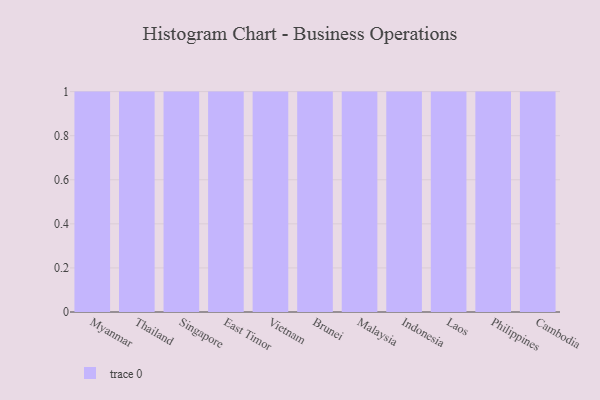
{"axis": {"x": "Country", "y": "Bounce Rate (%)"}, "legend": [""], "data": [{"x": "Myanmar", "y": 21, "type": ""}, {"x": "Thailand", "y": 32, "type": ""}, {"x": "Singapore", "y": 48, "type": ""}, {"x": "East Timor", "y": 7, "type": ""}, {"x": "Vietnam", "y": 100, "type": ""}, {"x": "Brunei", "y": 86, "type": ""}, {"x": "Malaysia", "y": 17, "type": ""}, {"x": "Indonesia", "y": 30, "type": ""}, {"x": "Laos", "y": 33, "type": ""}, {"x": "Philippines", "y": 82, "type": ""}, {"x": "Cambodia", "y": 51, "type": ""}]}